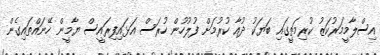
އިސްލާމީމަރުކަޒު ކުރިމަތީގައި ބަޔަކު ދުއާ ކުރުމަށް ފުލުހުން ހުރަސް އަޅައިފިރައީސް ޔާމީން ހޭނައްތައިގެން